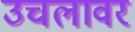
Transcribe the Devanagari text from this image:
उचलावर